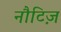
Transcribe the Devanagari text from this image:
नौटिज़